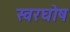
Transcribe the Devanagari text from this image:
स्वरघोष